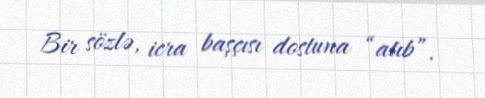
Bir sözlə, icra başçısı dostuna “atıb”.